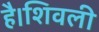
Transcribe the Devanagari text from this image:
है।शिवली